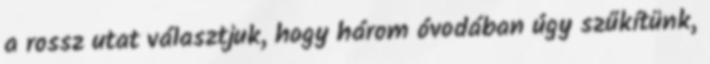
a rossz utat választjuk, hogy három óvodában úgy szűkítünk,